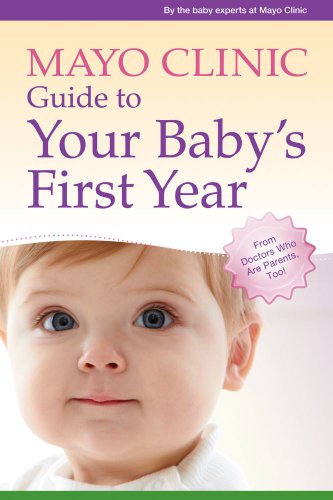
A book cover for Mayo Clinic Guide to Your Baby's First Year: From Doctors Who Are Parents, Too!; the baby experts at Mayo Clinic; Parenting & Relationships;